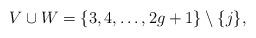
LaTeX: \begin{align*}V \cup W = \{3, 4, \ldots, 2g+1\} \setminus \{j\},\end{align*}